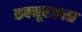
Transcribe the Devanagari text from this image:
कबनूरजवळ